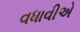
વધાવીએ